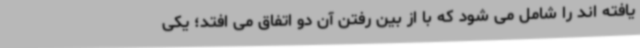
یافته اند را شامل می شود که با از بین رفتن آن دو اتفاق می افتد؛ یکی